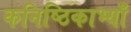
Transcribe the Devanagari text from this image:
कनिष्ठिकाभ्याँ